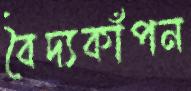
বৈদ্যকাঁপন